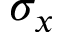
\sigma _ { x }